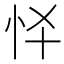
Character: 𢗛